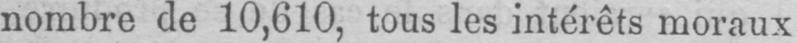
nombre de 10,610, tous les intérêts moraux